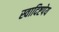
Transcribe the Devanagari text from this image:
स्वादिष्टपेय